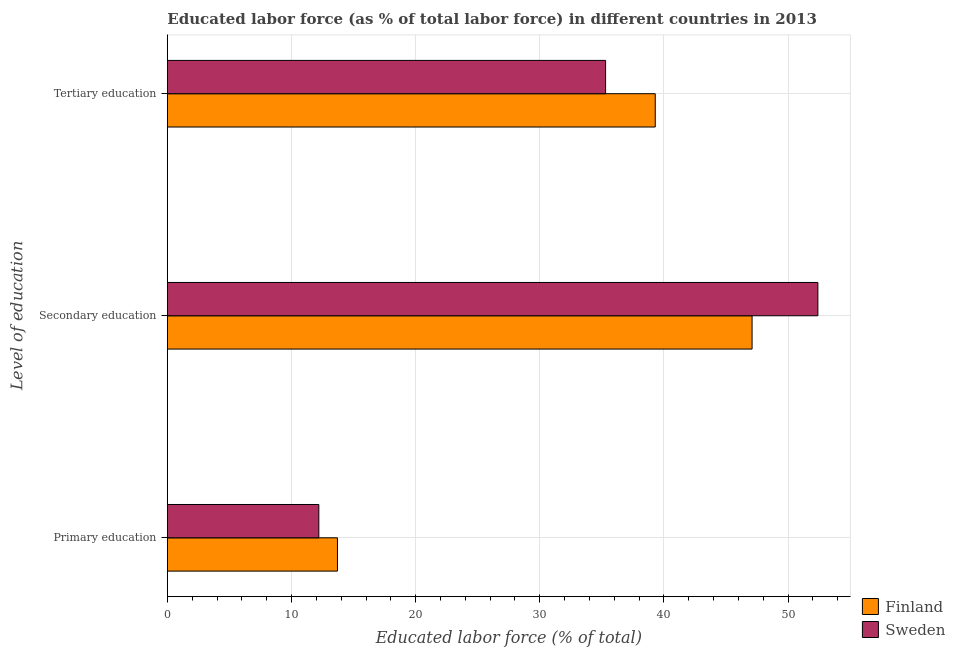
| Level of education | Finland | Sweden |
 | --- | --- | --- |
 | Primary education | 13.7 | 12.2 |
 | Secondary education | 47.1 | 52.4 |
 | Tertiary education | 39.3 | 35.3 |